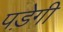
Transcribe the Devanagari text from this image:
पडे़गी